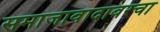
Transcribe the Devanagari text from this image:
समाजावादावरचा